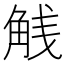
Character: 𬢕